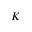
K